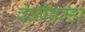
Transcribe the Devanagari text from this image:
वेळीब्रम्हा